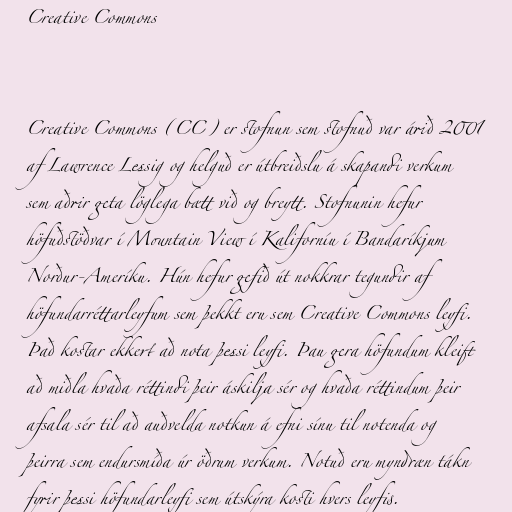
Creative Commons

Creative Commons (CC) er stofnun sem stofnuð var árið 2001
af Lawrence Lessig og helguð er útbreiðslu á skapandi verkum
sem aðrir geta löglega bætt við og breytt. Stofnunin hefur
höfuðstöðvar í Mountain View í Kaliforníu í Bandaríkjum
Norður-Ameríku. Hún hefur gefið út nokkrar tegundir af
höfundarréttarleyfum sem þekkt eru sem Creative Commons leyfi.
Það kostar ekkert að nota þessi leyfi. Þau gera höfundum kleift
að miðla hvaða réttindi þeir áskilja sér og hvaða réttindum þeir
afsala sér til að auðvelda notkun á efni sínu til notenda og
þeirra sem endursmíða úr öðrum verkum. Notuð eru myndræn tákn
fyrir þessi höfundarleyfi sem útskýra kosti hvers leyfis.